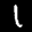
Label: 1